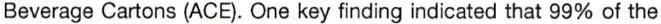
Beverage Cartons (ACE). One key finding indicated that 99% of the